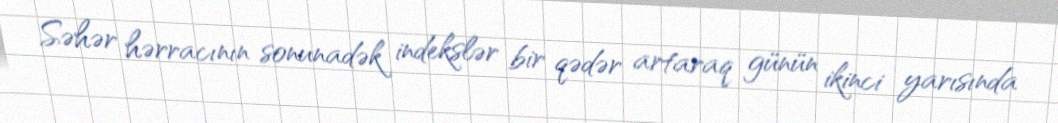
Səhər hərracının sonunadək indekslər bir qədər artaraq günün ikinci yarısında